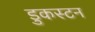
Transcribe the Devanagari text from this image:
डुकस्टन